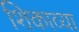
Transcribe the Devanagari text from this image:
शिकाव्या